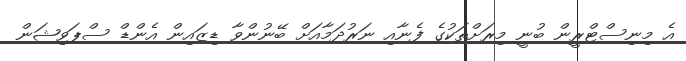
އެ މިނިސްޓްރީން ބުނީ މިރަށްތަކުގެ ފެނާއި ނަރުދަމާއަށް ބޭނުންވާ ޑިޒައިން އެންޑް ސްޕަވިޝަން